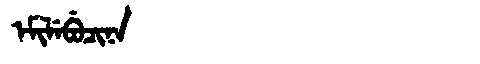
Manchu: ᡝᠮᡳᠯᡝᠪᡠᠴᡳᠨᠠ
Romanization: EMILEBUCINA